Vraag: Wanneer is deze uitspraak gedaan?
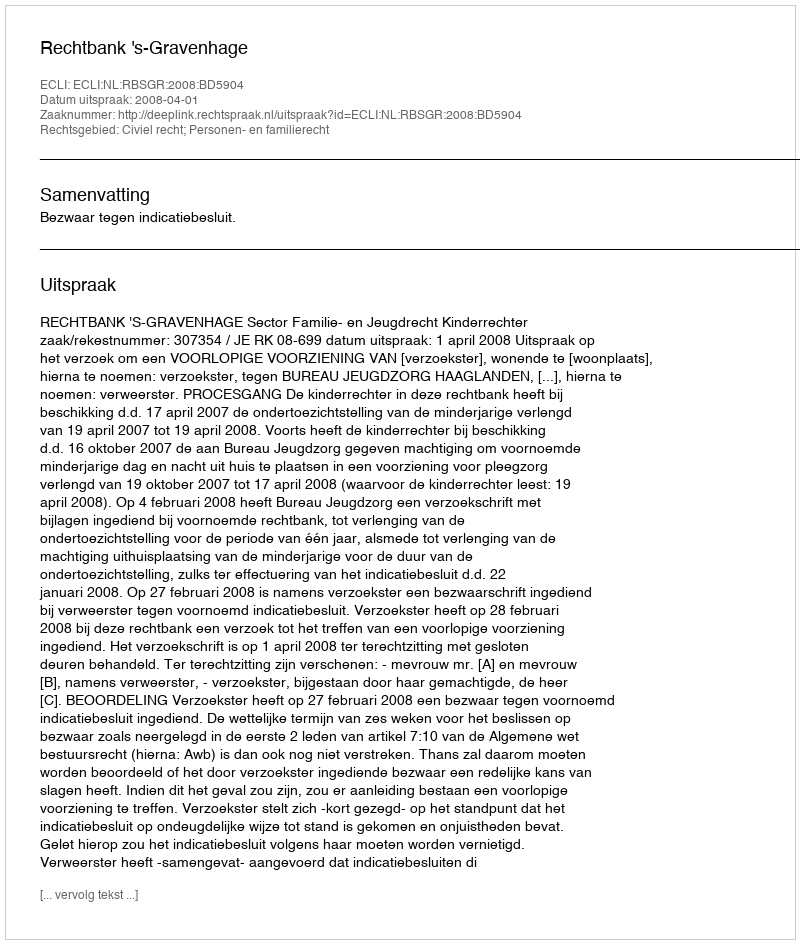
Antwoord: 2008-04-01